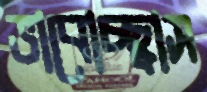
ভাবোচ্ছ্বাস